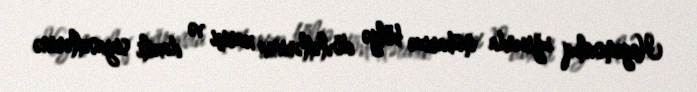
Hegemonluq uğrunda mübarizə bölgə dövlətlərinin xariçi və daxili siyasətlərinə